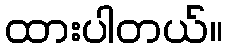
ထားပါတယ်။